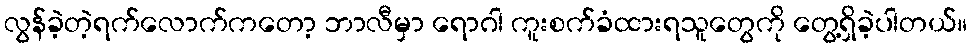
လွန်ခဲ့တဲ့ရက်လောက်ကတော့ ဘာလီမှာ ရောဂါ ကူးစက်ခံထားရသူတွေကို တွေ့ရှိခဲ့ပါတယ်။